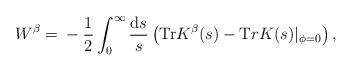
LaTeX: \begin{align*}W^{\beta}= \mbox{}-\frac1{2} \int_0^{\infty} \frac{\mathrm{d} s}{s} \left( {\mathrm{Tr}} K^{\beta} (s) - {\mathrm Tr} K (s)|_{\phi=0} \right), \end{align*}